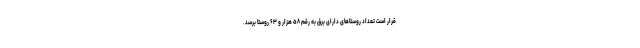
قرار است تعداد روستا‌های دارای برق به رقم ۵۸ هزار و ۶۳ روستا برسد.